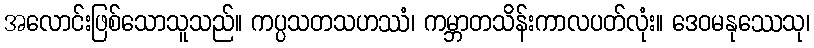
အလောင်းဖြစ်သောသူသည်။ ကပ္ပသတသဟဿံ၊ ကမ္ဘာတသိန်းကာလပတ်လုံး။ ဒေဝမနုဿေသု၊